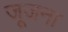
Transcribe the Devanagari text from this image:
जूजना